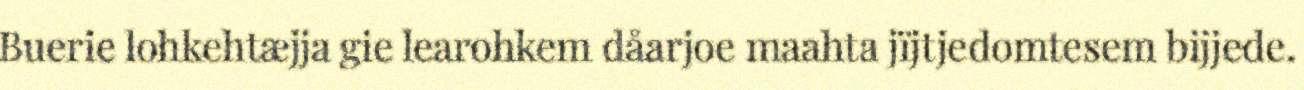
Buerie lohkehtæjja gie learohkem dåarjoe maahta jïjtjedomtesem bijjede.